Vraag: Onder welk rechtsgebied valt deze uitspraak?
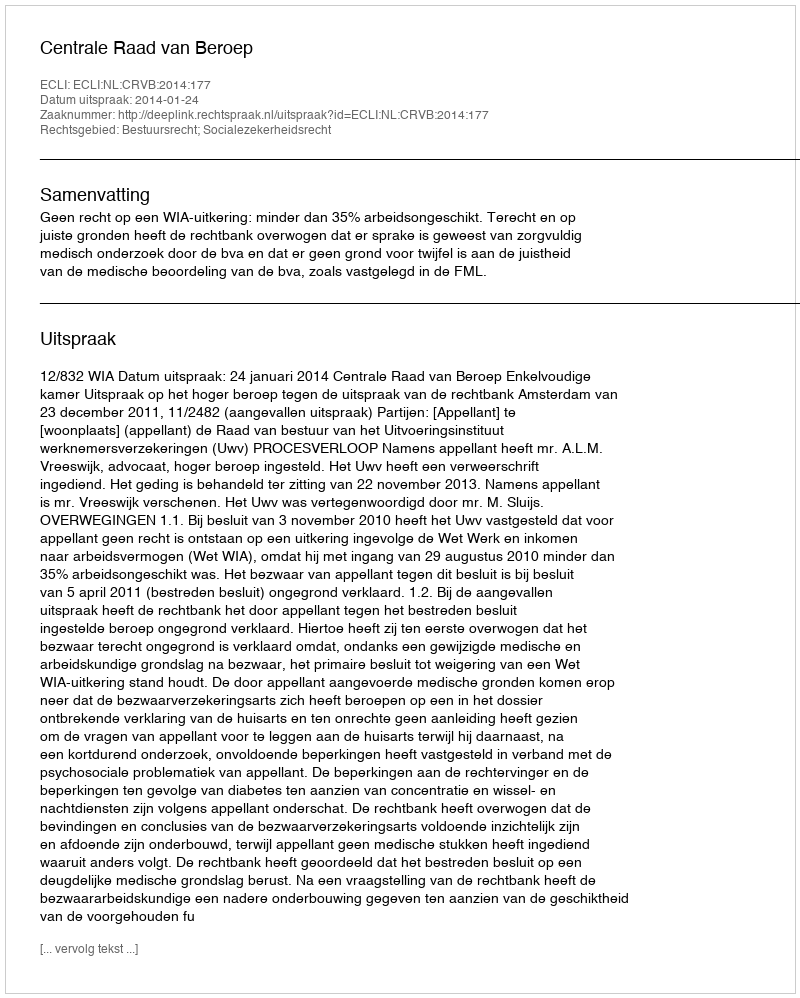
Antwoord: Bestuursrecht; Socialezekerheidsrecht